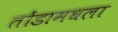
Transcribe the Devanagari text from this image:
तोंडामधला